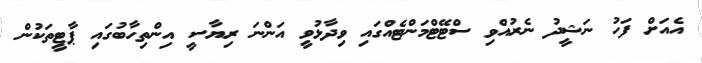
އެއަށް ފަހު ނަޝީދު ނެރުއްވި ސްޓޭޓްމަންޓެއްގައި ވިދާޅުވީ އަންނަ ރިޔާސީ އިންތިހާބުގައި ޕާޓީތަކުން